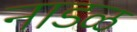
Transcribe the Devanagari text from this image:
नाडळ